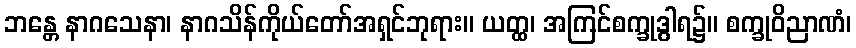
ဘန္တေ နာဂသေနာ၊ နာဂသိန်ကိုယ်တော်အရှင်ဘုရား။ ယတ္ထ၊ အကြင်စက္ခုဒွါရ၌။ စက္ခုဝိညာဏံ၊